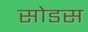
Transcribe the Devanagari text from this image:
सोडस